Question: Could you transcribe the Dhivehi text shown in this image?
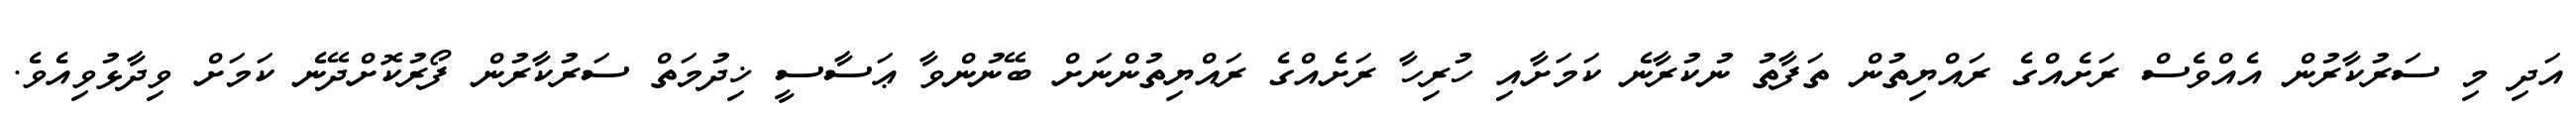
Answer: އަދި މި ސަރުކާރުން އެއްވެސް ރަށެއްގެ ރައްޔިތުން ތަފާތު ނުކުރާނެ ކަމަށާއި ހުރިހާ ރަށެއްގެ ރައްޔިތުންނަށް ބޭނުންވާ ޢަސާސީ ޚިދުމަތް ސަރުކާރުން ފޯރުކޮށްދޭނެ ކަމަށް ވިދާޅުވިއެވެ.